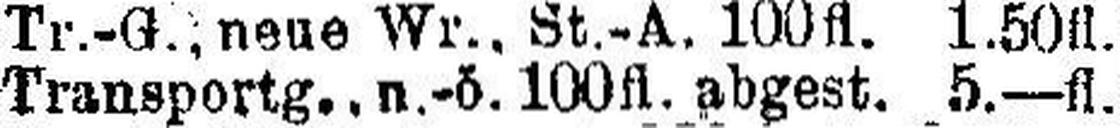
Transportg., n.-ö. 100fl. abgest. 5.—fl.